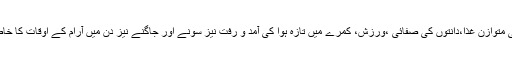
اس ضمن میں بچے کی متوازن غذا،دانتوں کی صفائی ،ورزش، کمرے میں تازہ ہوا کی آمد و رفت نیز سونے اور جاگنے نیز دن میں آرام کے اوقات کا خاص خیال رکھنا چاہیے۔